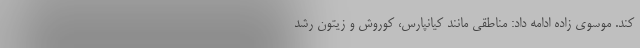
کند. موسوی زاده ادامه داد: مناطقی مانند کیانپارس، کوروش و زیتون رشد